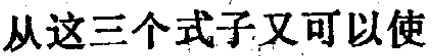
从这三个式子又可以使